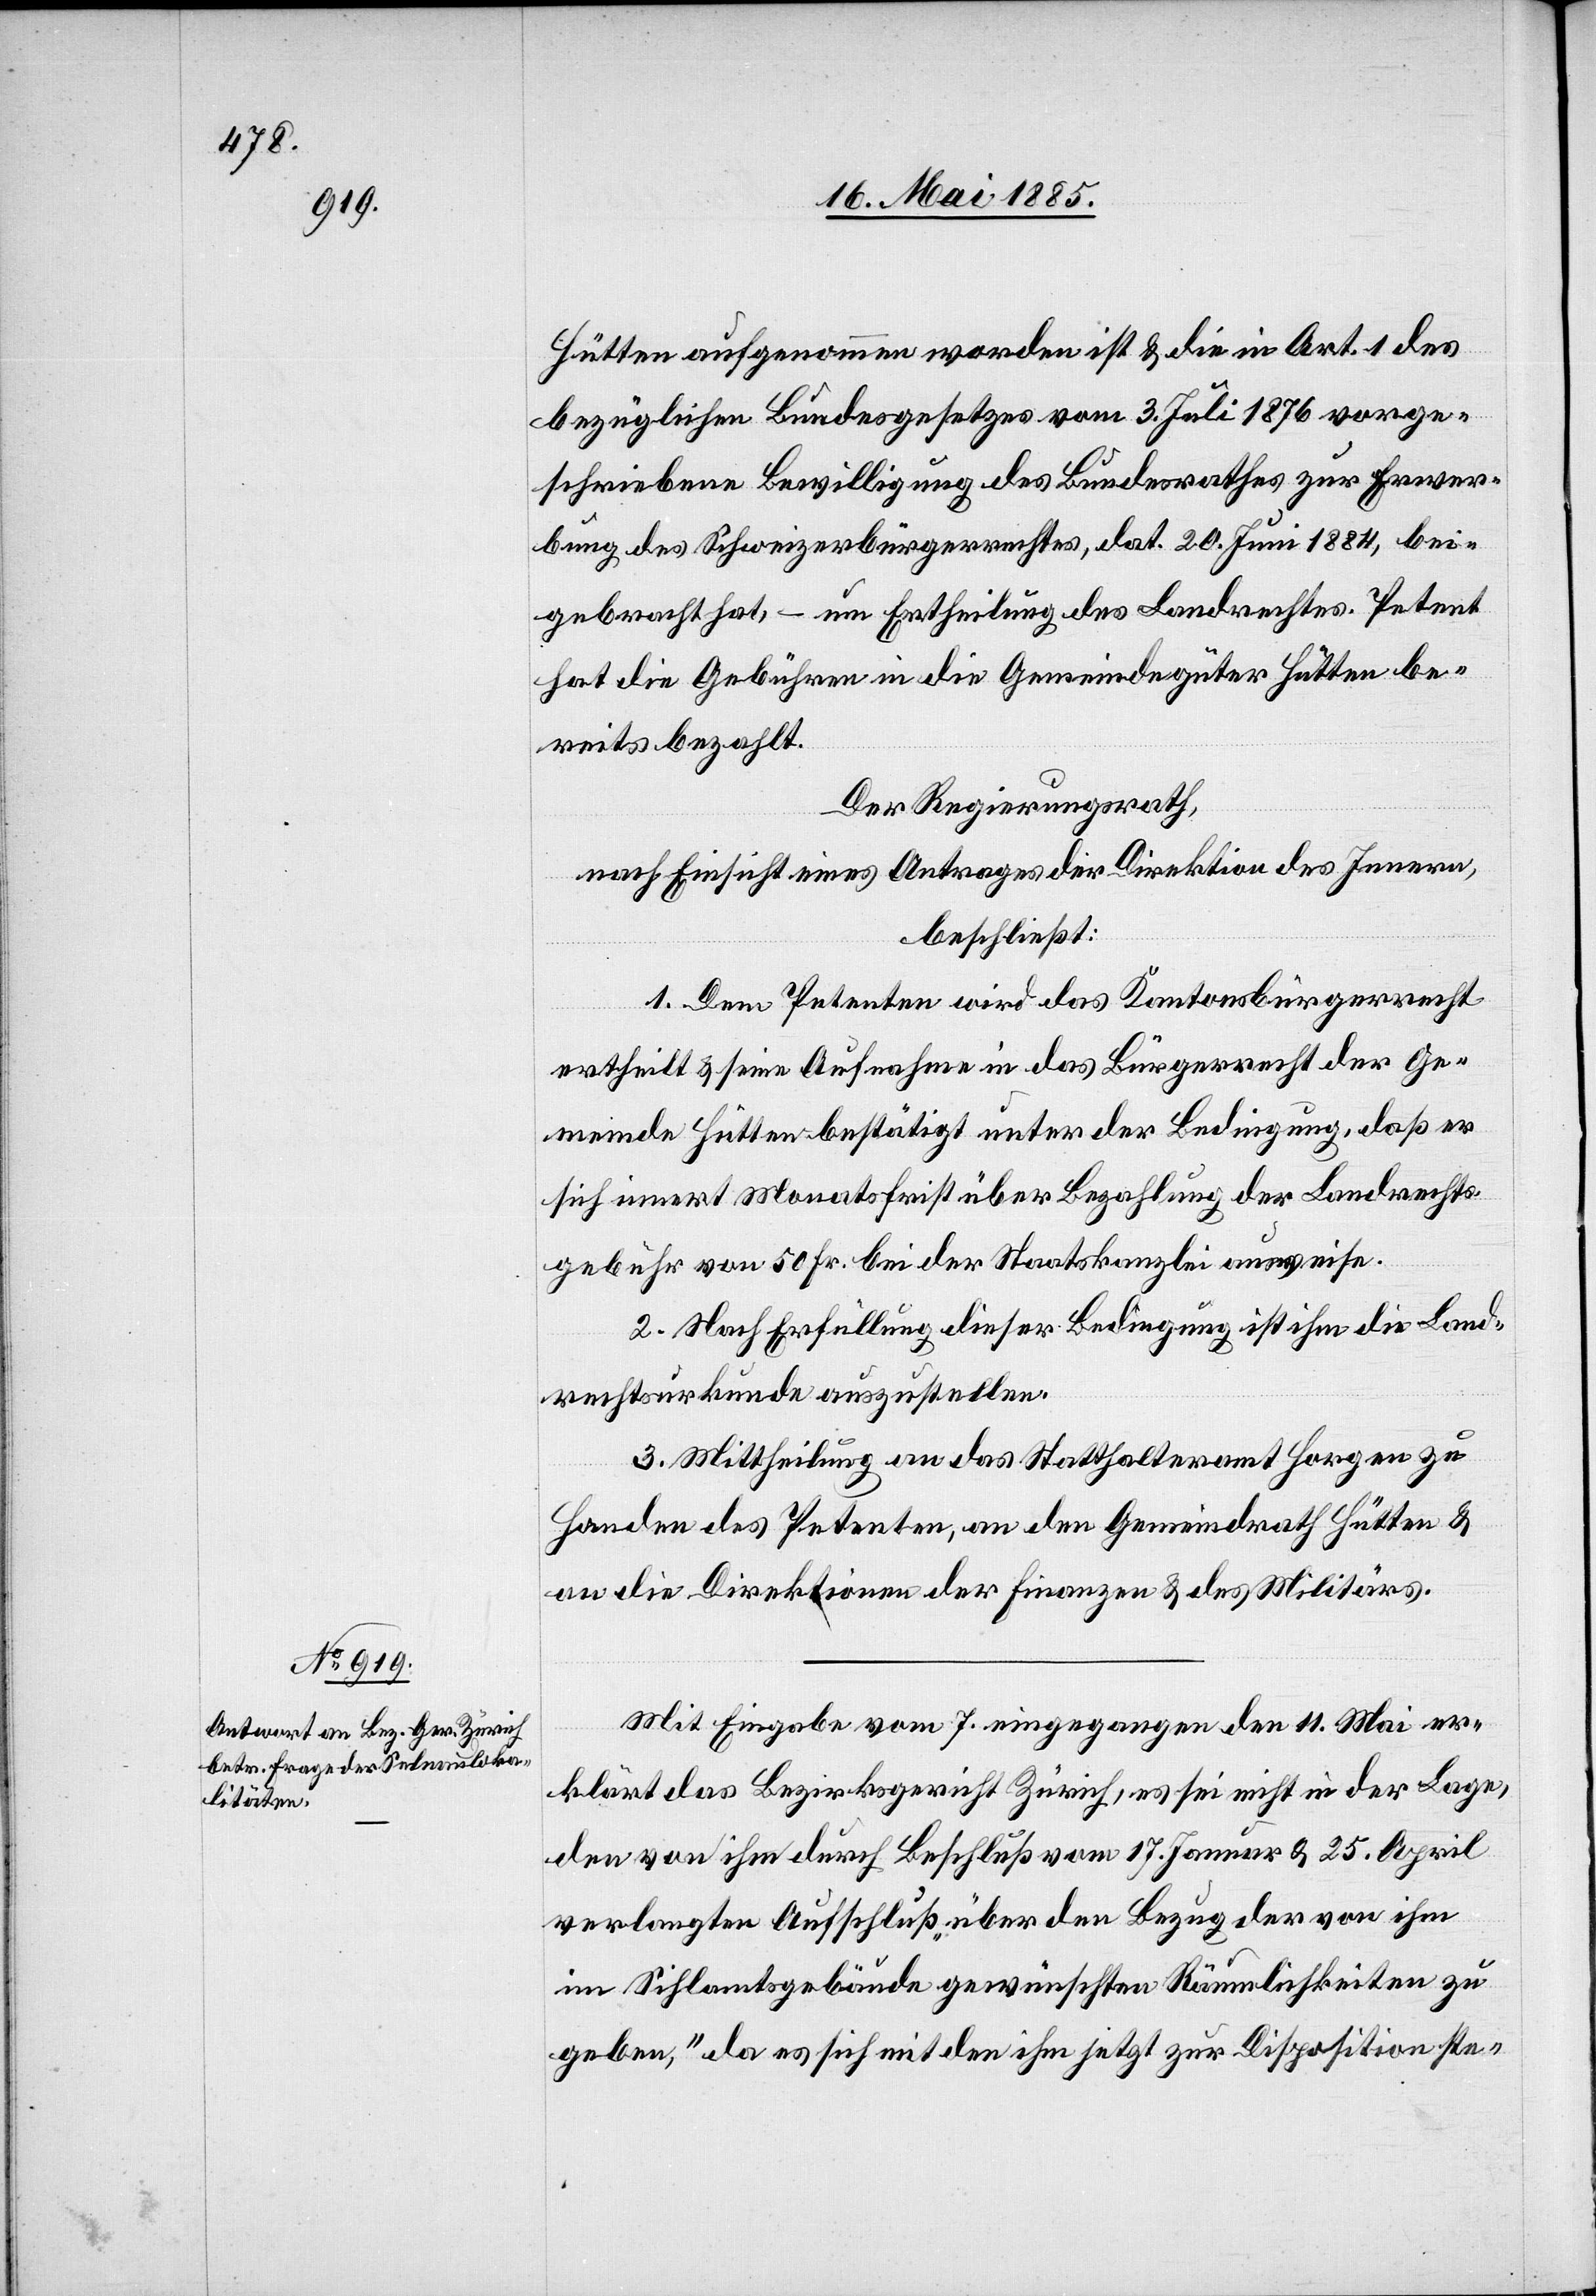
Hütten aufgenommen worden ist & die in Art. 1 des
bezüglichen Bundesgesetzes vom 3. Juli 1876 vorge¬
schriebene Bewilligung des Bundesrathes zur Erwer¬
bung des Schweizerbürgerrechtes, dat. 20. Juni 1884, bei¬
gebracht hat, – um Ertheilung des Landrechtes. Petent
hat die Gebühren in die Gemeindegüter Hütten be¬
reits bezahlt.
Der Regierungsrath,
nach Einsicht eines Antrages der Direktion des Innern,
beschließt:
1. Dem Petenten wird das Kantonsbürgerrecht
ertheilt & seine Aufnahme in das Bürgerrecht der Ge¬
meinde Hütten bestätigt unter der Bedingung, daß er
sich innert Monatsfrist über Bezahlung der Landrechts¬
gebühr von 50 Fr. bei der Staatskanzlei ausweise.
2. Nach Erfüllung dieser Bedingung ist ihm die Land¬
rechtsurkunde auszustellen.
3. Mittheilung an das Statthalteramt Horgen zu
Handen des Petenten, an den Gemeindrath Hütten &
an die Direktionen der Finanzen & des Militärs.
Mit Eingabe vom 7. eingegangen den 11. Mai er¬
klärt das Bezirksgericht Zürich, es sei nicht in der Lage,
den von ihm durch Beschluß vom 17. Januar & 25. April
verlangten Aufschluß „über den Bezug der von ihm
im Sihlamtsgebäude gewünschten Räumlichkeiten zu
geben,“ da es sich mit den ihm jetzt zur Disposition ste-